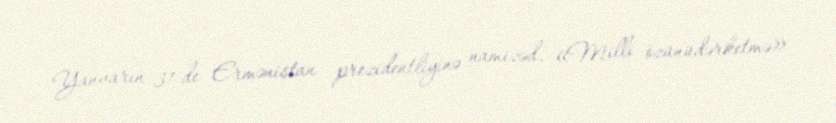
Yanvarın 31-de Ermənistan prezidentliyinə namizəd, «Milli özünüdərketmə»